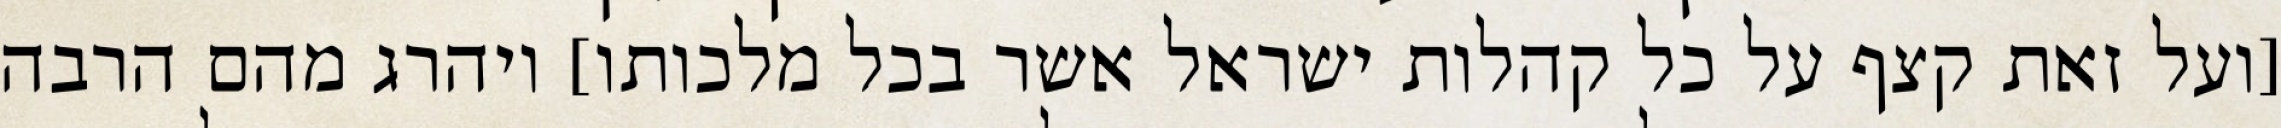
[ועל זאת קצף על כל קהלות ישראל אשר בכל מלכותו] ויהרג מהם הרבה